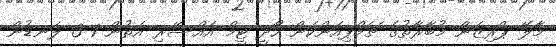
މާލޭ ޕްރިޒަން މުބާރާތުގެ ޗެމްޕިއަންކަން ހޯދީ ޓީމް އައްސޭރި އަތުން 1-3 ލަނޑުން